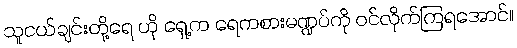
သူငယ်ချင်းတို့ရေ ဟို ရှေ့က ရေကစားမဏ္ဍပ်ကို ဝင်လိုက်ကြရအောင်။